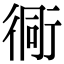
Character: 衕